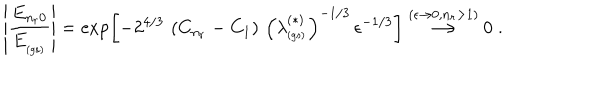
\left| \frac { E _ { n _ { r } 0 } } { E _ { _ \mathrm { ( g s ) } } } \right| = \exp \left[ - 2 ^ { 4 / 3 } \, \left( C _ { n _ { r } } - C _ { 1 } \right) \, \left( \lambda _ { _ \mathrm { ( g s ) } } ^ { ( \ast ) } \right) ^ { - 1 / 3 } \, \epsilon ^ { - 1 / 3 } \right] \stackrel { ( \epsilon \rightarrow 0 , n _ { r } > 1 ) } { \longrightarrow } 0 \; .